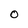
Character: O